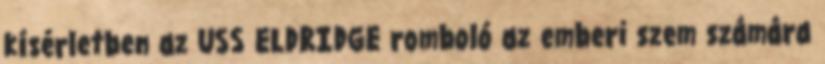
kísérletben az USS ELDRIDGE romboló az emberi szem számára